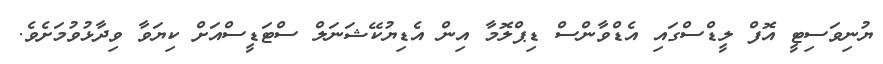
ޔުނިވަސިޓީ އޮފް ލީޑްސްގައި އެޑްވާންސް ޑިޕްލޮމާ އިން އެޑިޔުކޭޝަނަލް ސްޓަޑީސްއަށް ކިޔަވާ ވިދާޅުވުމަށެވެ.